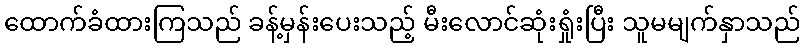
ထောက်ခံထားကြသည် ခန့်မှန်းပေးသည့် မီးလောင်ဆုံးရှုံးပြီး သူမမျက်နှာသည်